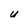
Character: U